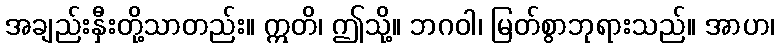
အချည်းနှီးတို့သာတည်း။ ဣတိ၊ ဤသို့။ ဘဂဝါ၊ မြတ်စွာဘုရားသည်။ အာဟ၊